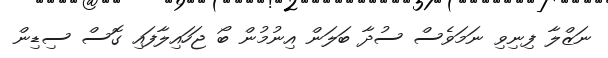
ނަޒްލާ ފިނިވި ނަމަވެސް ސުދާ ބަލަން އިނުމުން ބޯ ޖަހައިލާފައި ގޮސް ސިޑިން